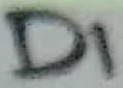
Text: D1